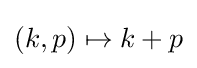
(k,p)\mapsto k+p